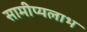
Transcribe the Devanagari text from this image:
सामीप्यलाभ